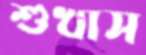
শুখাস